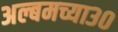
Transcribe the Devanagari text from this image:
अल्बमच्या३०